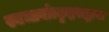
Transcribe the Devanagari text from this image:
स्वभावोत्कृष्टसद्भावः